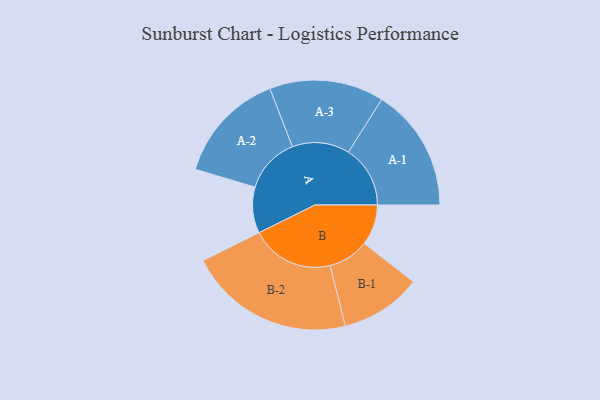
{"axis": {"x": "Segment", "y": "Value"}, "legend": ["", "A", "B"], "data": [{"x": "A", "y": 163, "type": ""}, {"x": "B", "y": 144, "type": ""}, {"x": "A-1", "y": 219, "type": "A"}, {"x": "A-2", "y": 198, "type": "A"}, {"x": "A-3", "y": 203, "type": "A"}, {"x": "B-1", "y": 144, "type": "B"}, {"x": "B-2", "y": 295, "type": "B"}]}